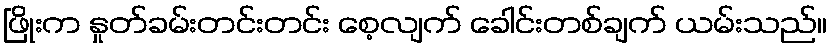
ဖြိုးက နှုတ်ခမ်းတင်းတင်း စေ့လျက် ခေါင်းတစ်ချက် ယမ်းသည်။